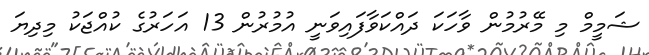
ޝަމީމް މި މޭރުމުން ވާހަކަ ދައްކަވާފައިވަނީ އުމުރުން 13 އަހަރުގެ ކުއްޖަކު މިދިޔަ